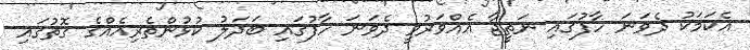
އެކަމަކު ދެވަނަ ހާފުގައި ނަތީޖާ އެއްވަރުވީ ދެވަނަ ހާފުގައި ބަދަލު ކުޅުންތެރިއެއްގެ ގޮތުގައި